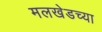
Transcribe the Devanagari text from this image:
मलखेडच्या